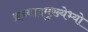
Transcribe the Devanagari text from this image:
क्रव्यादमुख्येभ्यो